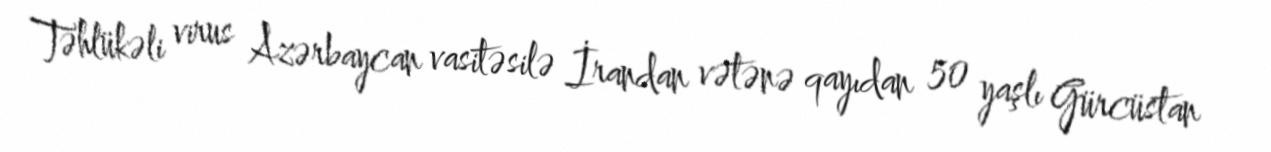
Təhlükəli virus Azərbaycan vasitəsilə İrandan vətənə qayıdan 50 yaşlı Gürcüstan